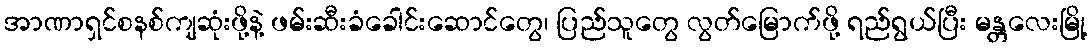
အာဏာရှင်စနစ်ကျဆုံးဖို့နဲ့ ဖမ်းဆီးခံခေါင်းဆောင်တွေ၊ ပြည်သူတွေ လွတ်မြောက်ဖို့ ရည်ရွယ်ပြီး မန္တလေးမြို့